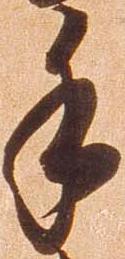
手